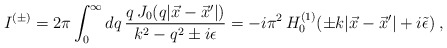
\begin{align*}I^{(\pm)}=2\pi\int_0^\infty dq \, \frac{q\, J_0(q|\vec x-\vec x'|)}{k^2-q^2\pm i\epsilon}= -i\pi^2\, H_0^{(1)}(\pm k|\vec x-\vec x'|+i\tilde\epsilon)\;,\end{align*}